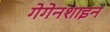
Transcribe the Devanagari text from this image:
गेगेनशाइन